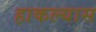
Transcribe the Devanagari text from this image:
हाकल्यास